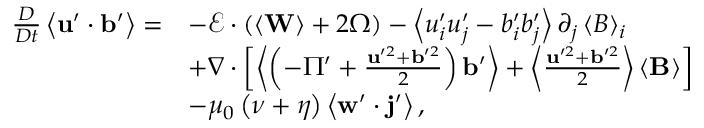
\begin{array} { r l } { \frac { D } { D t } \left\langle \mathbf { u } ^ { \prime } \cdot \mathbf { b } ^ { \prime } \right\rangle = } & { - \boldsymbol { \mathcal { E } } \cdot \left( \left\langle \mathbf { W } \right\rangle + 2 \boldsymbol { \Omega } \right) - \left\langle u _ { i } ^ { \prime } u _ { j } ^ { \prime } - b _ { i } ^ { \prime } b _ { j } ^ { \prime } \right\rangle \partial _ { j } \left\langle B \right\rangle _ { i } } \\ & { + \nabla \cdot \left[ \left\langle \left( - \Pi ^ { \prime } + \frac { \mathbf { u } ^ { \prime 2 } + \mathbf { b } ^ { \prime 2 } } { 2 } \right) \mathbf { b } ^ { \prime } \right\rangle + \left\langle \frac { \mathbf { u } ^ { \prime 2 } + \mathbf { b } ^ { \prime 2 } } { 2 } \right\rangle \left\langle \mathbf { B } \right\rangle \right] } \\ & { - \mu _ { 0 } \left( \nu + \eta \right) \left\langle \mathbf { w } ^ { \prime } \cdot \mathbf { j } ^ { \prime } \right\rangle , } \end{array}